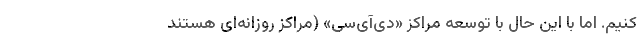
کنیم. اما با این حال با توسعه مراکز «دی‌آی‌سی» (مراکز روزانه‌ای هستند